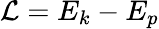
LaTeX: \mathcal{L}=E_{k}-E_{p}